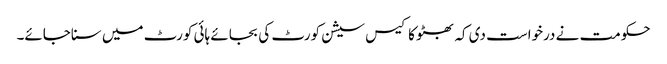
حکومت نے درخواست دی کہ بھٹو کا کیس سیشن کورٹ کی بجائے ہائی کورٹ میں سناجائے۔